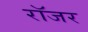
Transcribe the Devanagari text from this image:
राॅजर